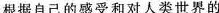
根据自己的感受和对人类世界的